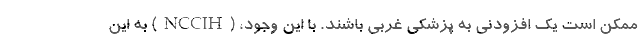
ممکن است یک افزودنی به پزشکی غربی باشند. با این وجود، (NCCIH) به این